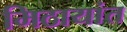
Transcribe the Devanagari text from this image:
मिठायांत